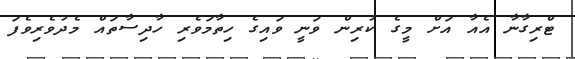
ޓްރިގާނާ އެއާ އަށް މީގެ ކުރިން ވަނީ ވައިގެ ހިތާމަވެރި ހާދިސާތައް މެދުވެރިވެފަ